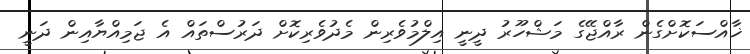
ޚާއްސަކޮށްގެން ރާއްޖޭގެ މަޝްހޫރު ދީނީ އިލްމުވެރިން މެދުވެރިކޮށް ދަރުސްތައް އެ ޖަމިއްޔާއިން ދަނީ